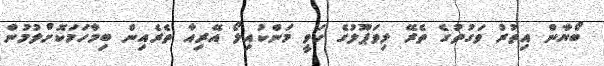
ބޯޔާން އިތުރު ވަގުތުގެ ތެރޭ ލިވަޕޫލުގެ ހަވީ މަންކުއިލޯ އޭރިއާ ތެރެއިން ބިމާހަމަކޮށްލުމުން